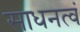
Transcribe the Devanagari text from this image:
साधनत्वं